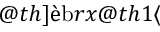
\left( \omega \tau \right) ^ { 2 } = 2 \lambda _ { d } ^ { 2 } q ^ { 2 } / \left( 1 + \lambda _ { s } ^ { 2 } q ^ { 2 } \right)